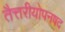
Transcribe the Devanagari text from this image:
तैत्तरीयोपनषद